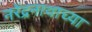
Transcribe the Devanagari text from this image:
नरेंद्रनाथाच्या